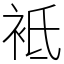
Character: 袛